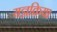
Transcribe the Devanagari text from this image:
यज्ञक्रिया